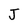
Character: J